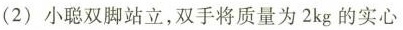
(2)小聪双脚站立，双手将质量为2kg的实心